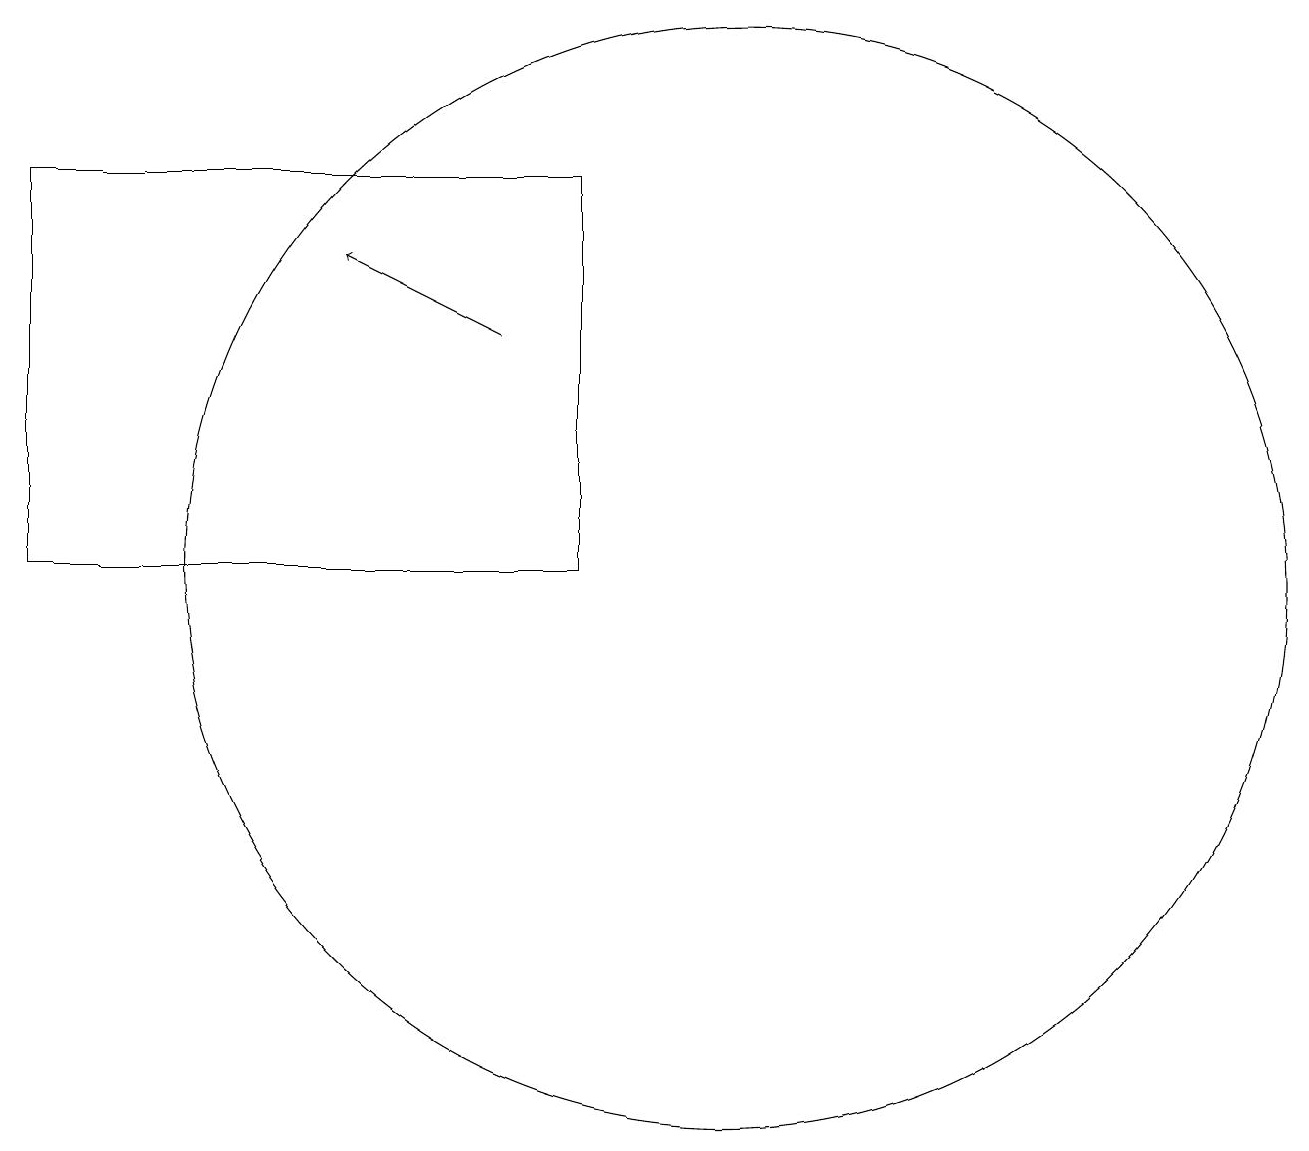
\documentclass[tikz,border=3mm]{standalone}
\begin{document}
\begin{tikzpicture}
\draw[->] (7,13) -- (5,14);
\draw (10,10) circle (7);
\draw (1,10) rectangle (8,15);
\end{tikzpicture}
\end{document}